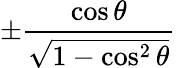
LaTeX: \pm{\frac{\cos\theta}{\sqrt{1-\cos^{2}\theta}}}